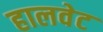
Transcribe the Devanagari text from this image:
हालवेट